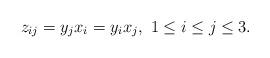
LaTeX: \begin{align*}z_{ij}=y_{j} x_i=y_i x_j, \ 1\le i \le j \le 3. \end{align*}